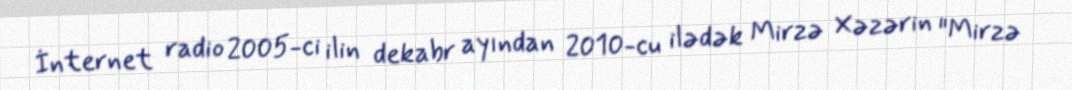
İnternet radio 2005-ci ilin dekabr ayından 2010-cu ilədək Mirzə Xəzərin "Mirzə